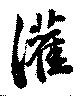
灌